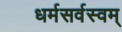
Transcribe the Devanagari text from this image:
धर्मसर्वस्वम्